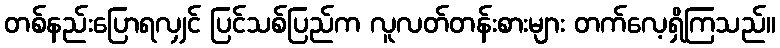
တစ်နည်းပြောရလျှင် ပြင်သစ်ပြည်က လူလတ်တန်းစားများ တက်လေ့ရှိကြသည်။